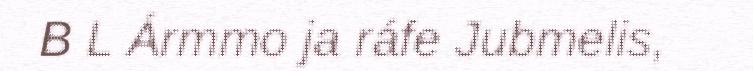
B L Ármmo ja ráfe Jubmelis,